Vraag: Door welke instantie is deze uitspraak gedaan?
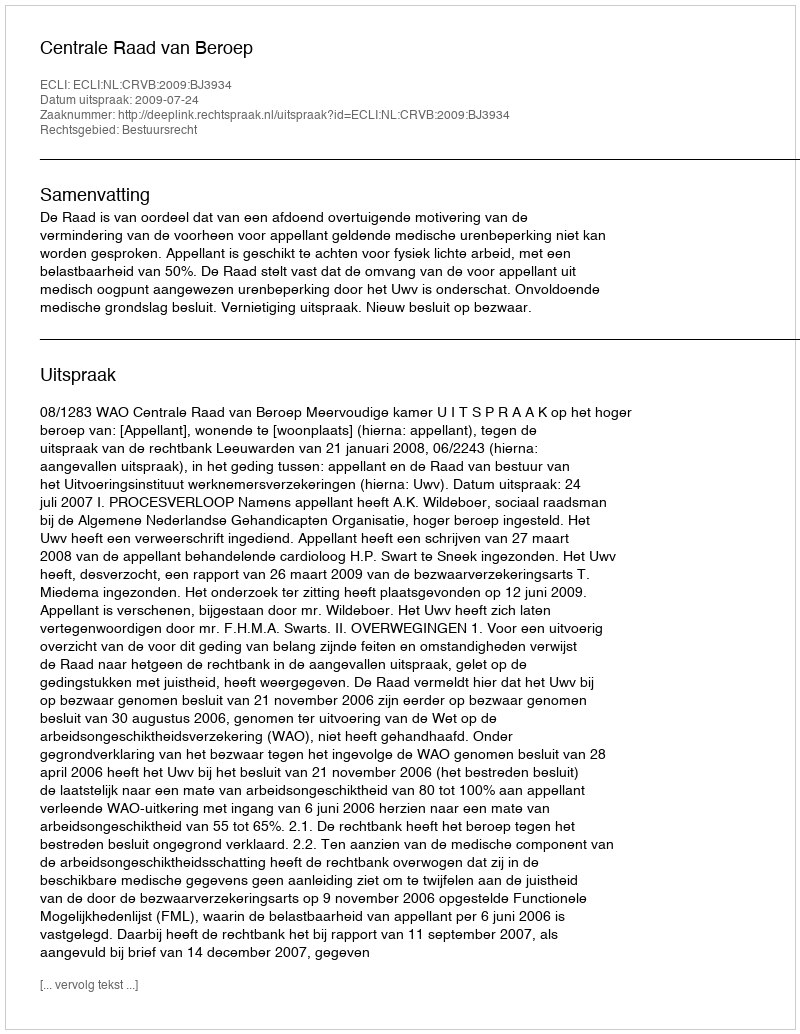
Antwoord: Centrale Raad van Beroep